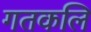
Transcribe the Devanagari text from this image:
गतकलि